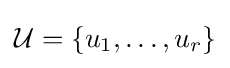
{\mathcal {U}}=\{u_{1},\ldots ,u_{r}\}